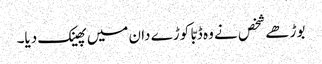
بوڑھے شخص نے وہ ڈبّا کوڑے دان میں پھینک دیا۔